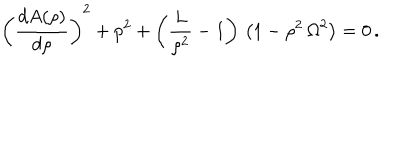
\left( { { \frac { d { A ( \rho ) } } { d \rho } } } \right) ^ { 2 } + p ^ { 2 } + \left( { \frac { L } { { \rho } ^ { 2 } } } - 1 \right) \, \left( 1 - { \rho } ^ { 2 } \, { \Omega } ^ { 2 } \right) = 0 \, .